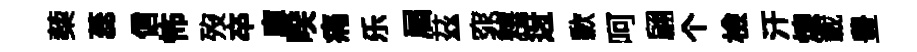
蔾蕊信怖歿卒庫暌痛乐屇茲窕釋迓歉呵翩个檢汗煉載豊